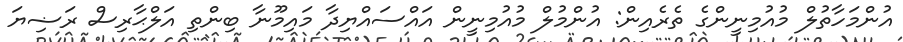
އުންމަހާތުލް މުއުމިނީންގެ ތެރެއިން: އުންމުލް މުއުމިނީން އައްސައްޔިދާ މައިމޫނާ ބިންތި އަލްޙާރިސް ރަޟިޔަ